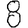
Digit: 8